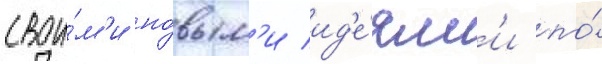
свои́м'и но́вым'и ид'е́ям'и по́